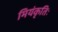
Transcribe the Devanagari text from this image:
मियंकृतिः